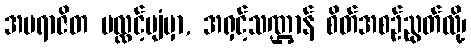
အပရာဇိတ ပလ္လင့်ပျံမှာ, အရှင့်သဏ္ဌာန် စိတ်အစဉ်ညွတ်လို့၊